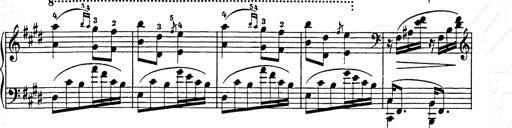
Title: Hungarian Rhapsody No.9
Composer: Franz Liszt
Key: E-flat major